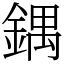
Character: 鍝